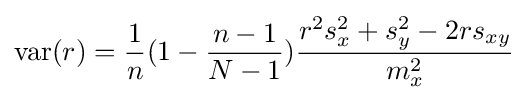
\operatorname {var} (r)={\frac {1}{n}}(1-{\frac {n-1}{N-1}}){\frac {r^{2}s_{x}^{2}+s_{y}^{2}-2rs_{xy}}{m_{x}^{2}}}